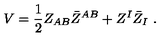
V = { \frac { 1 } { 2 } } Z _ { A B } \bar { Z } ^ { A B } + Z ^ { I } \bar { Z } _ { I } \ .